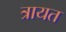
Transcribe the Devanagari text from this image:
त्रायत